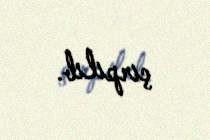
çırpılıb.